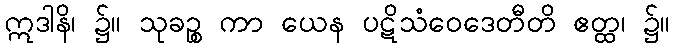
ဣဒါနိ၊ ၌။ သုခဉ္စ ကာ ယေန ပဋိသံဝေဒေတီတိ ဧတ္ထ၊ ၌။